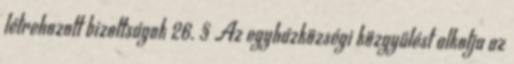
létrehozott bizottságok 26. § Az egyházközségi közgyűlést alkotja az